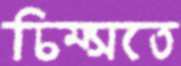
চিম্‌সতে